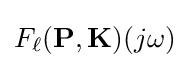
F_{\ell }(\mathbf {P} ,\mathbf {K} )(j\omega )